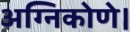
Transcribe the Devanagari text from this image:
अग्निकोणे।